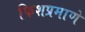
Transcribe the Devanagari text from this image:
फिशप्रमाणे